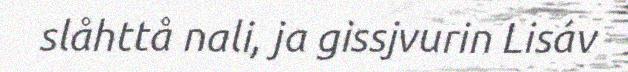
slåhttå nali, ja gissjvurin Lisáv